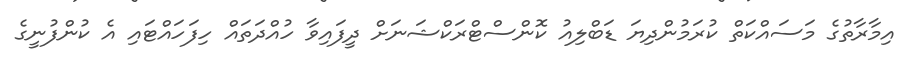
އިމާރާތުގެ މަސައްކަތް ކުރަމުންދިޔަ ޑަބްލިއު ކޮންސްޓްރަކްޝަނަށް ދީފައިވާ ހުއްދަތައް ހިފަހައްޓައި އެ ކުންފުނީގެ